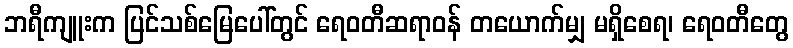
ဘရီကျူးက ပြင်သစ်မြေပေါ်တွင် ရေဝတီဆရာဝန် တယောက်မျှ မရှိစေရ၊ ရေဝတီတွေ